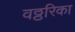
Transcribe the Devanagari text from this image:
वठ्ठरिका